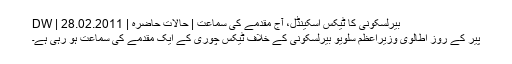
بیرلسکونی کا ٹیکس اسکینڈل، آج مقدمے کی سماعت | حالات حاضرہ | DW | 28.02.2011
پیر کے روز اطالوی وزیراعظم سلویو بیرلسکونی کے خلاف ٹیکس چوری کے ایک مقدمے کی سماعت ہو رہی ہے۔